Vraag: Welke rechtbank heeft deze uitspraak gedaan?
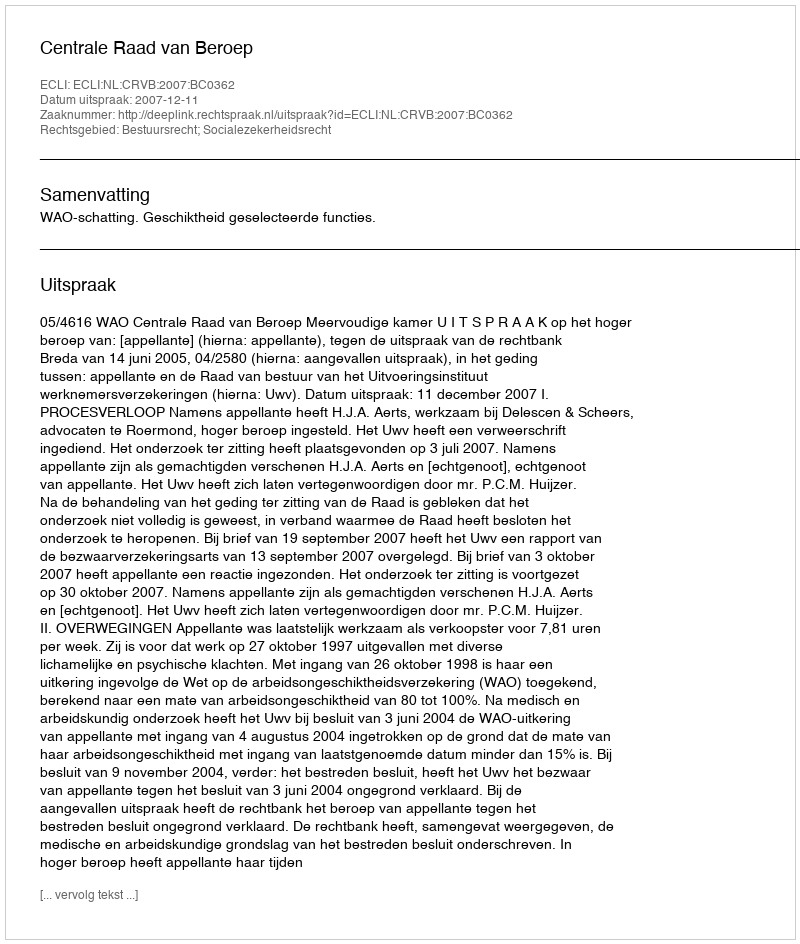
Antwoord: Centrale Raad van Beroep